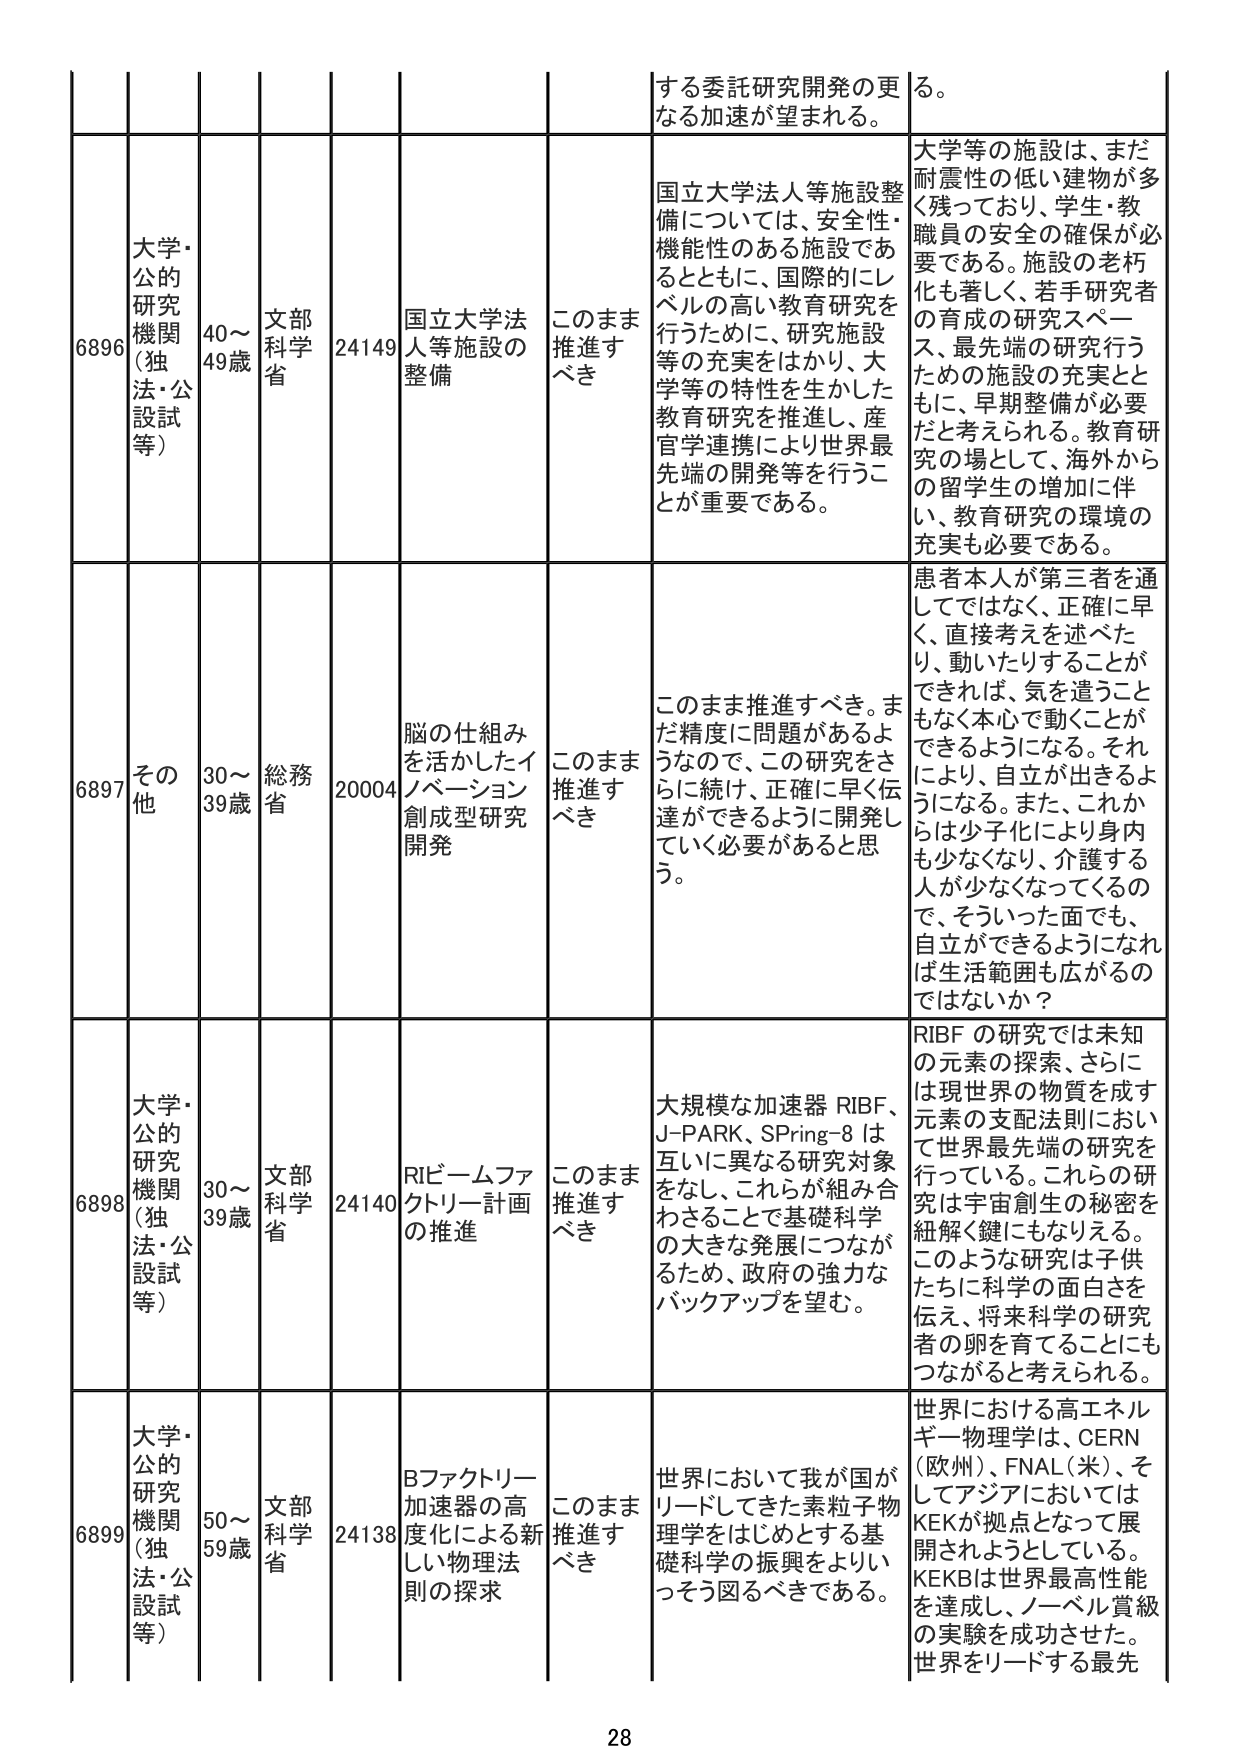
6896 大学・公的研究機関（独法・公設試等） 40～49歳 文部科学省 24149 国立大学法人等施設の整備 このまま推進すべき 国立大学法人等施設整備については、安全性・機能性のある施設であるとともに、国際的にレベルの高い教育研究を行うために、研究施設等の充実をはかり、大学等の特性を生かした教育研究を推進し、産官学連携により世界最先端の開発等を行うことが重要である。 大学等の施設は、まだ耐震性の低い建物が多く残っており、学生・教職員の安全の確保が必要である。施設の老朽化も著しく、若手研究者の育成の研究スペース、最先端の研究を行うための施設の充実とともに、早期整備が必要だと考えられる。教育研究の場として、海外からの留学生の増加に伴い、教育研究の環境の充実も必要である。

6897 その他 30～39歳 総務省 20004 脳の仕組みを活かしたイノベーション創成型研究開発 このまま推進すべき このまま推進すべき。まだ精度に問題があるようなので、この研究をさらに続け、正確に早く伝達ができるように開発していく必要があると思う。 患者本人が第三者を通してではなく、正確に早く、直接考えを述べたり、動いたりすることができれば、気を遣うことなく本心で動くことができるようになる。それにより、自立が出せるようになる。また、これからは少子化により身内も少なくなり、介護する人が少なくなってくるので、そういった面でも、自立ができるようになれば生活範囲も広がるのではないか？

6898 大学・公的研究機関（独法・公設試等） 30～39歳 文部科学省 24140 RIビームファクトリー計画の推進 このまま推進すべき 大規模な加速器 RIBF、J-PARK、SPring-8 は互いに異なる研究対象をなし、これらが組み合わさることで基礎科学の大きな発展につながるため、政府の強力なバックアップを望む。 RIBF の研究では未知の元素の探索、さらには現世界の物質を成す元素の支配法則において世界最先端の研究を行っている。これらの研究は宇宙創生の秘密を紐解く鍵にもなりえる。このような研究は子供たちに科学の面白さを伝え、将来科学の研究者の卵を育てることにもつながると考えられる。

6899 大学・公的研究機関（独法・公設試等） 50～59歳 文部科学省 24138 Bファクトリー加速器の高度化による新しい物理法則の探求 このまま推進すべき 世界において我が国がリードしてきた素粒子物理学をはじめとする基礎科学の振興をよりいっそう図るべきである。 世界における高エネルギー物理学は、CERN（欧州）、FNAL（米）、そしてアジアにおいてはKEKが拠点となって展開されようとしている。KEKBは世界最高性能を達成し、ノーベル賞級の実験を成功させた。世界をリードする最先

28